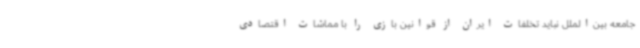
جامعه بین‌الملل نباید تخلفات ایران از قوانین بازی را با مماشات اقتصادی